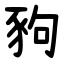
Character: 豞